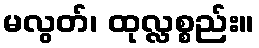
မလွတ်၊ ထုလ္လစ္စည်း။